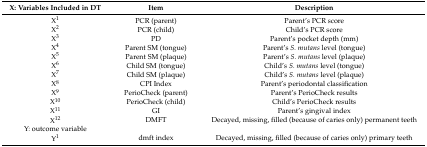
<table><thead><tr><td><b>X: Variables Included in DT</b></td><td><b>Item</b></td><td><b>Description</b></td></tr></thead><tbody><tr><td>X1</td><td>PCR (parent)</td><td>Parent’s PCR score</td></tr><tr><td>X2</td><td>PCR (child)</td><td>Child’s PCR score</td></tr><tr><td>X3</td><td>PD</td><td>Parent’s pocket depth (mm)</td></tr><tr><td>X4 </td><td>Parent SM (tongue) </td><td>Parent’s <i>S. mutans</i> level (tongue)</td></tr><tr><td>X5</td><td>Parent SM (plaque) </td><td>Parent’s <i>S. mutans</i> level (plaque)</td></tr><tr><td>X6</td><td>Child SM (tongue) </td><td>Child’s <i>S. mutans</i> level (tongue)</td></tr><tr><td>X7</td><td>Child SM (plaque) </td><td>Child’s <i>S. mutans</i> level (plaque)</td></tr><tr><td>X8</td><td>CPI Index</td><td>Parent’s periodontal classification</td></tr><tr><td>X9</td><td>PerioCheck (parent)</td><td>Parent’s PerioCheck results</td></tr><tr><td>X10</td><td>PerioCheck (child)</td><td>Child’s PerioCheck results</td></tr><tr><td>X11</td><td>GI</td><td>Parent’s gingival index</td></tr><tr><td>X12</td><td>DMFT</td><td>Decayed, missing, filled (because of caries only) permanent teeth </td></tr><tr><td>Y: outcome variable</td><td></td><td></td></tr><tr><td>Y1</td><td>dmft index</td><td>Decayed, missing, filled (because of caries only) primary teeth</td></tr></tbody></table>